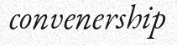
convenership